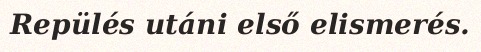
Repülés utáni első elismerés.